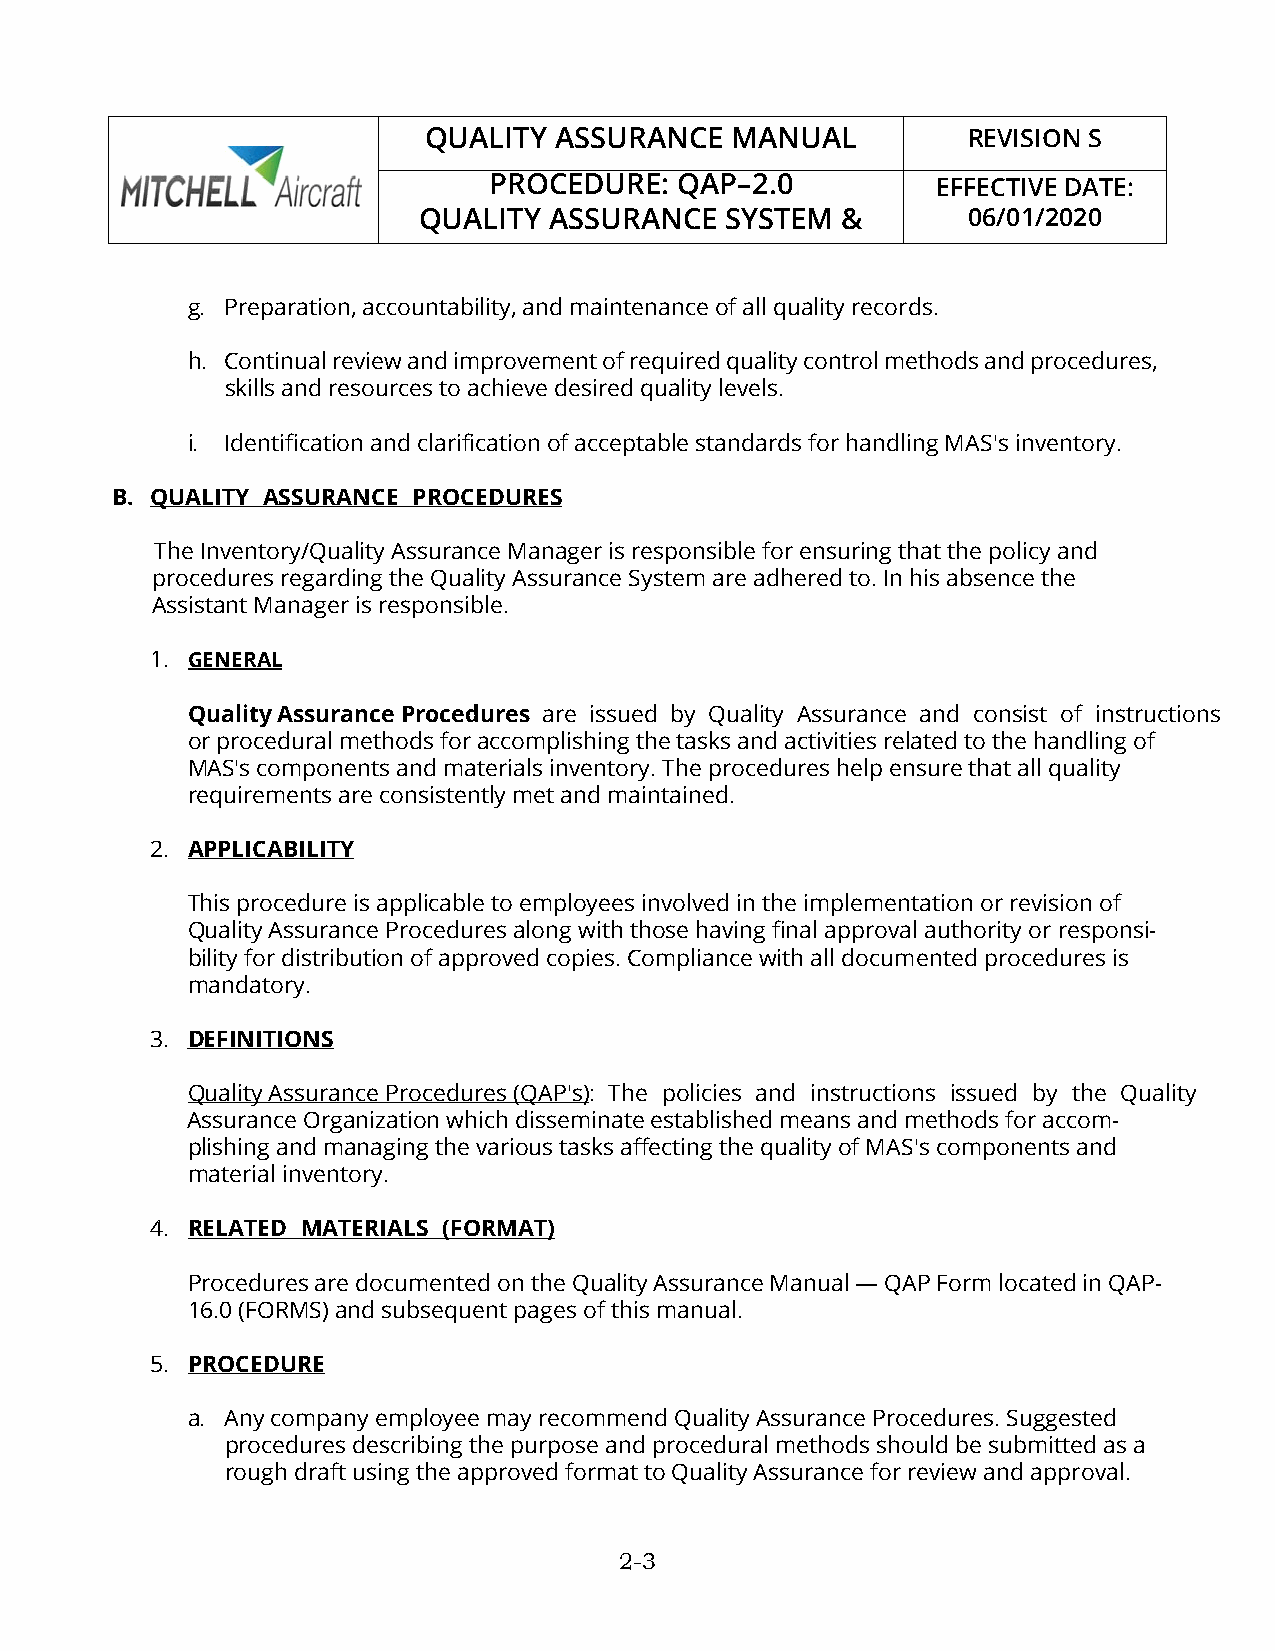
QUALITY  ASSURANCE  MANUAL          REVISION S
 PROCEDURE:   QAP–2.0          EFFECTIVE DATE:
 QUALITY ASSURANCE   SYSTEM  &       06/01/2020
 g. Preparation, accountability, and maintenance of all quality records.
 h. Continual review and improvement of required quality control methods and procedures,
 skills and resources to achieve desired quality levels.
 i. Identification and clarification of acceptable standards for handling MAS's inventory.
 B. QUALITY ASSURANCE PROCEDURES
 The Inventory/Quality Assurance Manager is responsible for ensuring that the policy and
 procedures regarding the Quality Assurance System are adhered to. In his absence the
 Assistant Manager is responsible.
 1. GENERAL
 Quality Assurance Procedures are issued by Quality Assurance and consist of instructions
 or procedural methods for accomplishing the tasks and activities related to the handling of
 MAS's components and materials inventory. The procedures help ensure that all quality
 requirements are consistently met and maintained.
 2. APPLICABILITY
 This procedure is applicable to employees involved in the implementation or revision of
 Quality Assurance Procedures along with those having final approval authority or responsi-
 bility for distribution of approved copies. Compliance with all documented procedures is
 mandatory.
 3. DEFINITIONS
 Quality Assurance Procedures (QAP's): The policies and instructions issued by the Quality
 Assurance Organization which disseminate established means and methods for accom-
 plishing and managing the various tasks affecting the quality of MAS's components and
 material inventory.
 4. RELATED MATERIALS (FORMAT)
 Procedures are documented on the Quality Assurance Manual — QAP Form located in QAP-
 16.0 (FORMS) and subsequent pages of this manual.
 5. PROCEDURE
 a. Any company employee may recommend Quality Assurance Procedures. Suggested
 procedures describing the purpose and procedural methods should be submitted as a
 rough draft using the approved format to Quality Assurance for review and approval.
 2-3